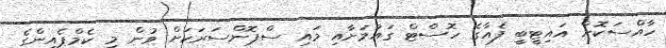
ހާއްސަކޮށް އައިޓީބީ ފެއާގެ ހޮސްޓް ގައުމަށާއި މައި ސްޕޮންސަރަކަށް ވުން މި ކެމްޕެއިންގެ